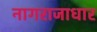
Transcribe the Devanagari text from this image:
नागराजाधार